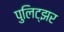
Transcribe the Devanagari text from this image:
पुलिट्झर